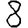
Digit: 8